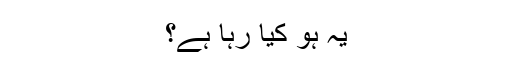
یہ ہو کیا رہا ہے؟